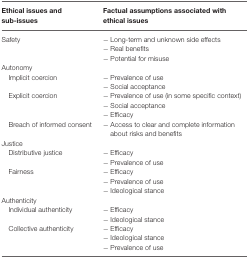
<table><thead><tr><td><b>Ethical issues and sub-issues</b></td><td><b>Factual assumptions associated with ethical issues</b></td></tr></thead><tbody><tr><td>Safety</td><td>− Long-term and unknown side effects − Real benefits − Potential for misuse</td></tr><tr><td>Autonomy</td></tr><tr><td>Implicit coercion</td><td>− Prevalence of use − Social acceptance</td></tr><tr><td>Explicit coercion</td><td>− Prevalence of use (in some specific context) − Social acceptance − Efficacy</td></tr><tr><td>Breach of informed consent</td><td>− Access to clear and complete information about risks and benefits</td></tr><tr><td>Justice</td></tr><tr><td>Distributive justice</td><td>− Efficacy − Prevalence of use</td></tr><tr><td>Fairness</td><td>− Efficacy − Prevalence of use − Ideological stance</td></tr><tr><td>Authenticity</td></tr><tr><td>Individual authenticity</td><td>− Efficacy − Ideological stance</td></tr><tr><td>Collective authenticity</td><td>− Efficacy − Ideological stance − Prevalence of use</td></tr></tbody></table>